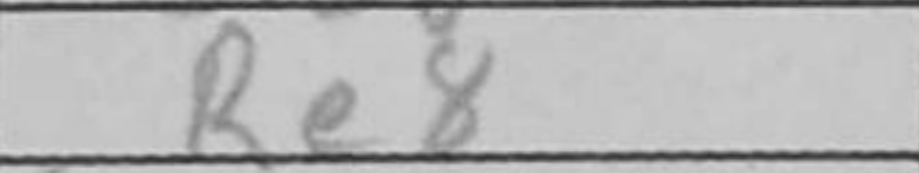
Transcription: Re8